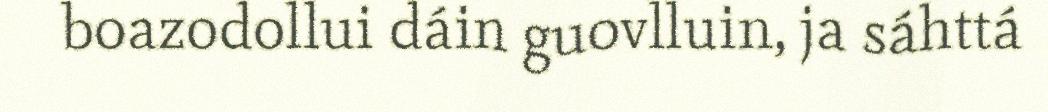
boazodollui dáin guovlluin, ja sáhttá